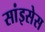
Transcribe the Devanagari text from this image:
सांइसेस